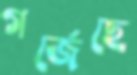
গর্জেছে